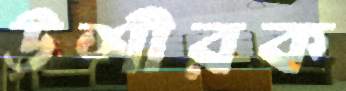
উশীরক